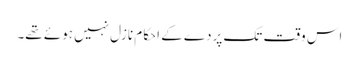
اس وقت تک پردے کے احکام نازل نہیں ہوئے تھے۔